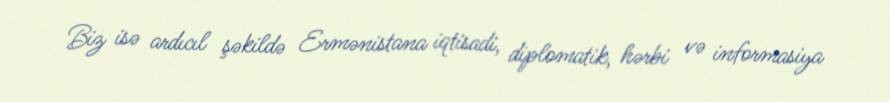
Biz isə ardıcıl şəkildə Ermənistana iqtisadi, diplomatik, hərbi və informasiya